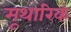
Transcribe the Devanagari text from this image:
मूथारिक